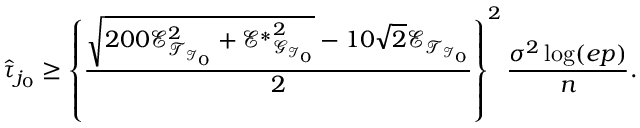
\widehat { \tau } _ { j _ { 0 } } \geq \left\{ \frac { \sqrt { 2 0 0 \mathscr { E } _ { \mathcal { T } _ { \mathcal { I } _ { 0 } } } ^ { 2 } + { \mathscr { E } ^ { * } } _ { \mathcal { G } _ { \mathcal { I } _ { 0 } } } ^ { 2 } } - 1 0 \sqrt { 2 } \mathscr { E } _ { \mathcal { T } _ { \mathcal { I } _ { 0 } } } } { 2 } \right\} ^ { 2 } \frac { \sigma ^ { 2 } \log ( e p ) } { n } .